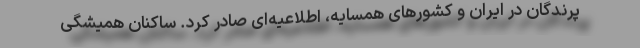
پرندگان در ایران و کشورهای همسایه، اطلاعیه‌ای صادر کرد. ساکنان همیشگی